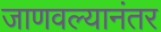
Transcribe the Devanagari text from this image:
जाणवल्यानंतर